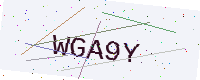
Text: WGA9Y